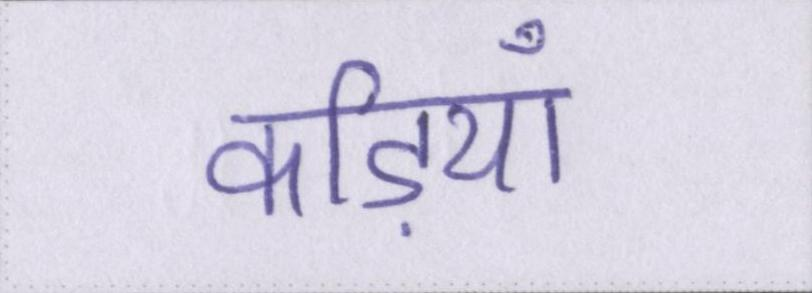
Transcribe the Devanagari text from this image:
कड़ियाँ